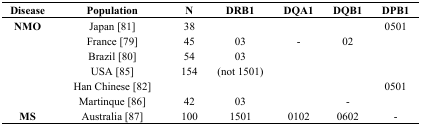
| Disease | Population | N | DRB1 | DQA1 | DQB1 | DPB1 |
 | --- | --- | --- | --- | --- | --- | --- |
 | NMO | Japan [81] | 38 |  |  |  | 0501 |
 |  | France [79] | 45 | 03 | - | 02 |  |
 |  | Brazil [80] | 54 | 03 |  |  |  |
 |  | USA [85] | 154 | (not 1501) |  |  |  |
 |  | Han Chinese [82] |  |  |  |  | 0501 |
 |  | Martinque [86] | 42 | 03 |  | - |  |
 | MS | Australia [87] | 100 | 1501 | 0102 | 0602 | - |